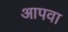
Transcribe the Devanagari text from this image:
आपवा